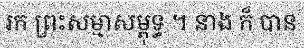
រក ព្រះសម្មាសម្ពុទ្ធ ។ នាង ក៏ បាន